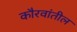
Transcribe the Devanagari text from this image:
कौरवांतील